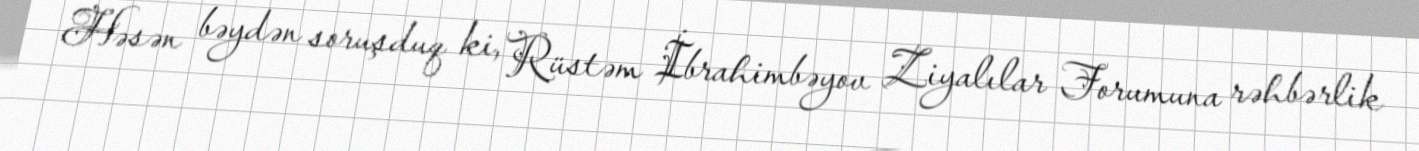
Həsən bəydən soruşduq ki, Rüstəm İbrahimbəyov Ziyalılar Forumuna rəhbərlik